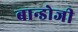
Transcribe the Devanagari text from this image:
बान्डोजी